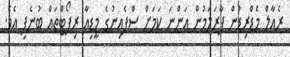
ރެއާލް މެޑްރިޑުން ފާރަލަމުން އަންނަ ކަމަށް ސްޕެއިނުގެ މީޑިއާ ރިޕޯޓްތައް ބުނެފި އެވެ.